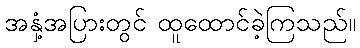
အနှံ့အပြားတွင် ထူထောင်ခဲ့ကြသည်။